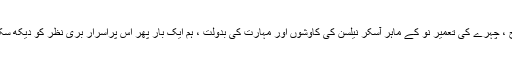
صدی آج ، چہرے کی تعمیر نو کے ماہر آسکر نیلسن کی کاوشوں اور مہارت کی بدولت ، ہم ایک بار پھر اس پراسرار بری نظر کو دیکھ سکتے ہیں۔